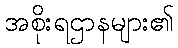
အစိုးရဌာနများ၏